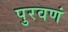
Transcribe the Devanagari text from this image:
पुरवणं